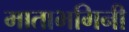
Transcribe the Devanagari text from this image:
माताभगिनी